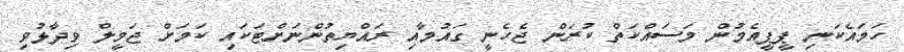
ހަމައެކަނި ޕީޕީއެމުން މަސައްކަތް ކުރަން ޖެހެނީ ގައުމާއި ރައްޔިތުންނަށްޓަކައި ކަމަށް ޖަމީލް ވިދާޅުވި